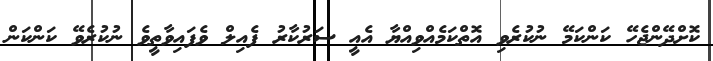
ކޮށްދޭންޖެހޭ ކަންކަމޭ ނުކުރެވި އޮތްކަމެއްވިއްޔާ އެއީ ސަރުކާރު ފެއިލް ވެފައިވާތީވެ ނުކުރެވޭ ކަންކަން